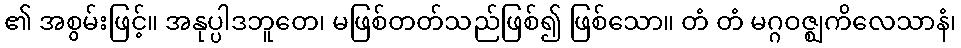
၏ အစွမ်းဖြင့်။ အနုပ္ပါဒဘူတေ၊ မဖြစ်တတ်သည်ဖြစ်၍ ဖြစ်သော။ တံ တံ မဂ္ဂဝဇ္ဈကိလေသာနံ၊